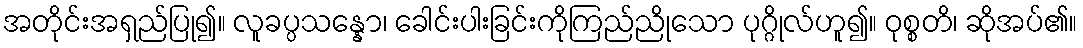
အတိုင်းအရှည်ပြု၍။ လူခပ္ပသန္နော၊ ခေါင်းပါးခြင်းကိုကြည်ညိုသော ပုဂ္ဂိုလ်ဟူ၍။ ဝုစ္စတိ၊ ဆိုအပ်၏။